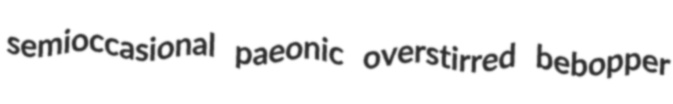
semioccasional paeonic overstirred bebopper